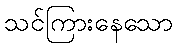
သင်ကြားနေသော